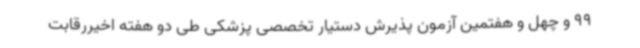
99 و چهل و هفتمین آزمون پذیرش دستیار تخصصی پزشکی طی دو هفته اخیررقابت